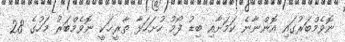
ނޮވެމްބަރުގައި އޮންނާނެ ކަމަށާއި ބިޑު ފޯމު ހުށަހަޅާ ތާރީޚަކީ ނޮވެމްބަރު މަހުގެ 28